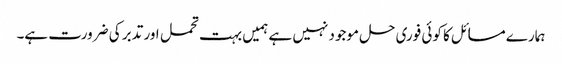
ہمارے مسائل کا کوئی فوری حل موجود نہیں ہے ہمیں بہت تحمل اور تدبر کی ضرورت ہے۔